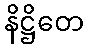
နိဋ္ဌိတေ